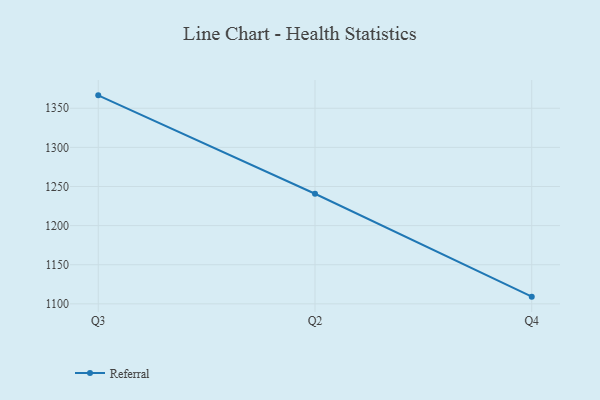
{"axis": {"x": "Quarter", "y": "Latency (ms)"}, "legend": ["Referral"], "data": [{"x": "Q3", "y": 1366.5, "type": "Referral"}, {"x": "Q2", "y": 1240.7, "type": "Referral"}, {"x": "Q4", "y": 1109.2, "type": "Referral"}]}